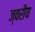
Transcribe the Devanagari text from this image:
ज्वरीय